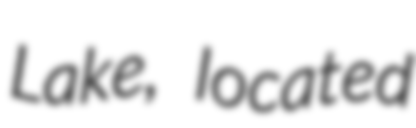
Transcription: Lake, located